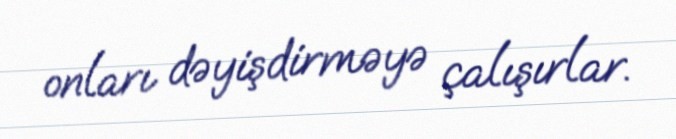
onları dəyişdirməyə çalışırlar.